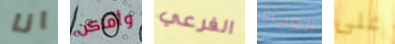
انا وأماكن الفرعي العبء على